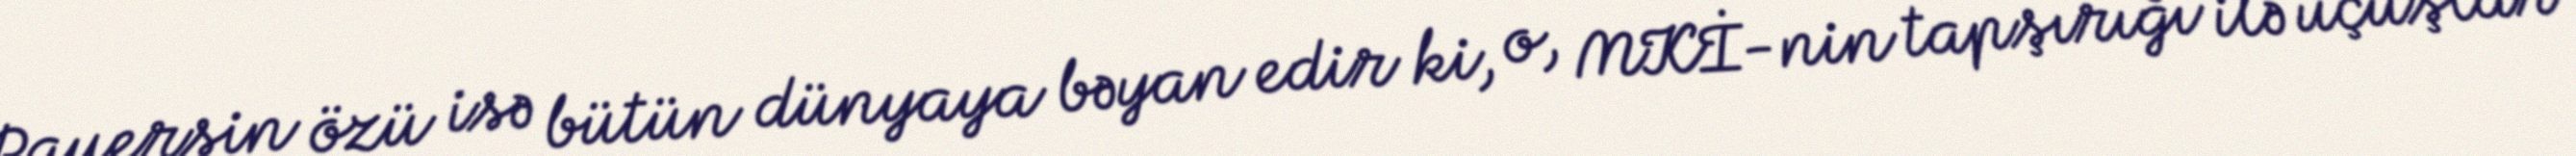
Pauersin özü isə bütün dünyaya bəyan edir ki, o, MKİ-nin tapşırığı ilə uçuşlar